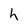
Character: h